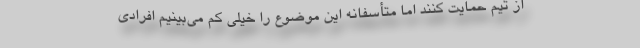
از تیم حمایت کنند اما متأسفانه این موضوع را خیلی کم می‌بینیم افرادی